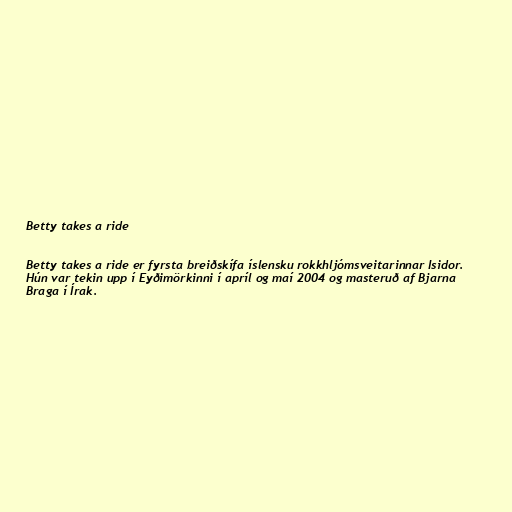
Betty takes a ride

Betty takes a ride er fyrsta breiðskífa íslensku rokkhljómsveitarinnar Isidor.
Hún var tekin upp í Eyðimörkinni í apríl og maí 2004 og masteruð af Bjarna
Braga í Írak.